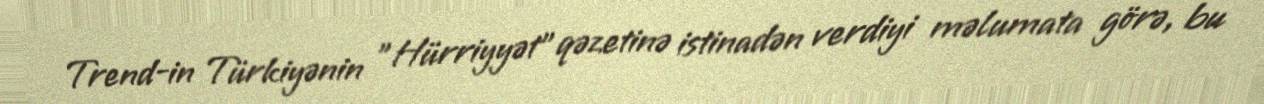
Trend-in Türkiyənin "Hürriyyət" qəzetinə istinadən verdiyi məlumata görə, bu